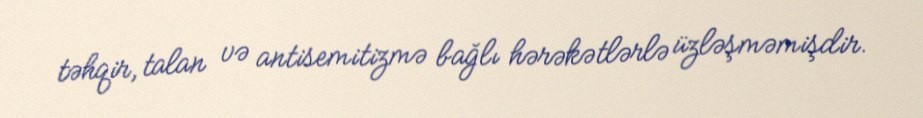
təhqir, talan və antisemitizmə bağlı hərəkətlərlə üzləşməmişdir.